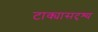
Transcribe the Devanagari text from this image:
टाक्यासदृश्य